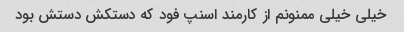
خیلی خیلی ممنونم از کارمند اسنپ فود که دستکش دستش بود